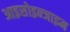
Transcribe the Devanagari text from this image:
आइसोइन्जाइम